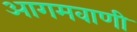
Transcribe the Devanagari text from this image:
आगमवाणी